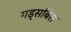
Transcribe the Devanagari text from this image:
गड्सबिस